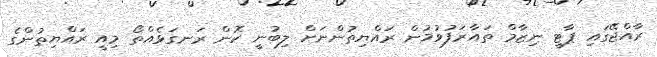
ރާއްޖޭގައި ޕާޓީ ނިޒާމް ތައާރަފުވުމުން ރައްޔިތުންނަށް ލިބުނީ ކޮން ރަނގަޅެއްތޯ މިއީ ރައްޔިތުންގެ